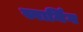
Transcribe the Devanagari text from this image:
स्वार्मिंग